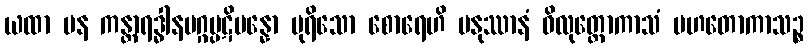
ယထာ ပန ကန္တာရဒ္ဓါနမဂ္ဂပ္ပဋိပန္နော ပုရိသော စောရေဟိ မနုဿာနံ ဝိလုတ္တောကာသံ ပဟတောကာသဉ္စ